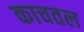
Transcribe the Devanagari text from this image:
काचतल